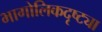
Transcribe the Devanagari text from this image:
भागोलिकदृष्ट्या